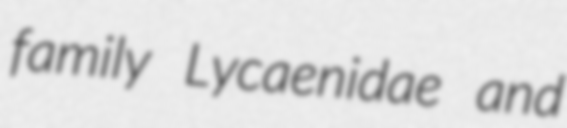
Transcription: family Lycaenidae and